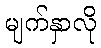
မျက်နှာလို